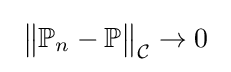
\ {\bigl \|}\mathbb {P} _{n}-\mathbb {P} {\bigr \|}_{\mathcal {C}}\to 0\